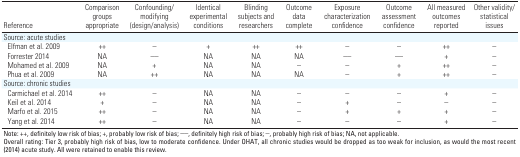
<table><thead><tr><td><b>Reference</b></td><td><b>Comparison groups appropriate</b></td><td><b>Confounding/modifying (design/analysis)</b></td><td><b>Identical experimental conditions</b></td><td><b>Blinding subjects and researchers</b></td><td><b>Outcome data complete</b></td><td><b>Exposure characterization confidence</b></td><td><b>Outcome assessment confidence</b></td><td><b>All measured outcomes reported</b></td><td><b>Other validity/statistical issues</b></td></tr></thead><tbody><tr><td><b>Source: acute studies</b></td></tr><tr><td><b>Elfman et al. 2009</b></td><td>++</td><td>–</td><td>+</td><td>++</td><td>++</td><td>–</td><td>–</td><td>++</td><td>–</td></tr><tr><td><b>Forrester 2014</b></td><td>NA</td><td>––</td><td>NA</td><td>NA</td><td>NA</td><td>––</td><td>––</td><td>+</td><td>–</td></tr><tr><td><b>Mohamed et al. 2009</b></td><td>NA</td><td>+</td><td>NA</td><td>NA</td><td>–</td><td>–</td><td>+</td><td>++</td><td>–</td></tr><tr><td><b>Phua et al. 2009</b></td><td>NA</td><td>++</td><td>NA</td><td>NA</td><td>NA</td><td>–</td><td>+</td><td>++</td><td>–</td></tr><tr><td><b>Source: chronic studies</b></td></tr><tr><td><b>Carmichael et al. 2014</b></td><td>++</td><td>–</td><td>NA</td><td>NA</td><td>–</td><td>–</td><td>–</td><td>+</td><td>–</td></tr><tr><td><b>Keil et al. 2014</b></td><td>+</td><td>–</td><td>NA</td><td>NA</td><td>–</td><td>+</td><td>–</td><td>–</td><td>–</td></tr><tr><td><b>Marfo et al. 2015</b></td><td>++</td><td>–</td><td>NA</td><td>NA</td><td>–</td><td>+</td><td>+</td><td>+</td><td>–</td></tr><tr><td><b>Yang et al. 2014</b></td><td>++</td><td>–</td><td>NA</td><td>NA</td><td>–</td><td>–</td><td>–</td><td>+</td><td>–</td></tr><tr><td colspan="10">Note: ++, definitely low risk of bias; +, probably low risk of bias; ––, definitely high risk of bias; –, probably high risk of bias; NA, not applicable. Overall rating: Tier 3, probably high risk of bias, low to moderate confidence. Under OHAT, all chronic studies would be dropped as too weak for inclusion, as would the most recent (2014) acute study. All were retained to enable this review.</td></tr></tbody></table>